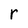
Character: r